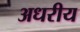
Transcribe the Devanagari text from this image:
अधरीय